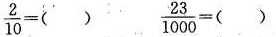
$$\frac { 2 } { 1 0 } = ( )$$ $$\frac { 2 3 } { 1 0 0 0 } = ( )$$